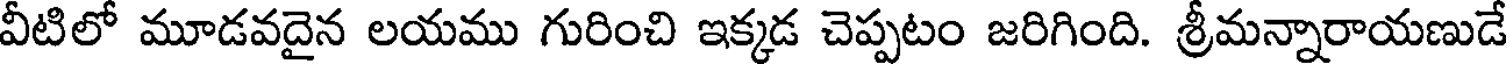
వీటిలో మూడవదైన లయము గురించి ఇక్కడ చెప్పటం జరిగింది. శ్రీమన్నారాయణుడే